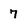
Character: 7